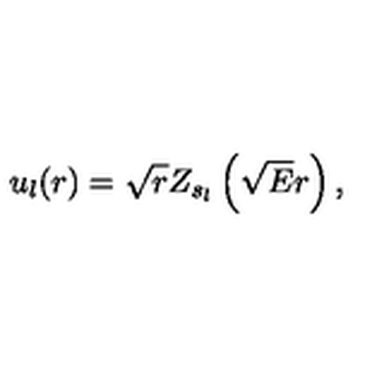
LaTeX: u _ { l } ( r ) = \sqrt { r } Z _ { s _ { l } } \left( \sqrt { E } r \right) ,